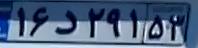
۱۶د۲۹۱۵۳